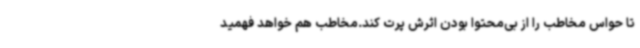
تا حواس مخاطب را از بی‌محتوا بودن اثرش پرت کند.مخاطب هم خواهد فهمید